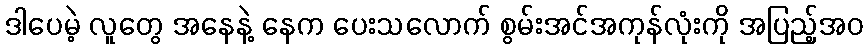
ဒါပေမဲ့ လူတွေ အနေနဲ့ နေက ပေးသလောက် စွမ်းအင်အကုန်လုံးကို အပြည့်အဝ